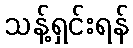
သန့်ရှင်းရန်